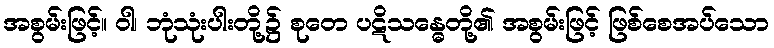
အစွမ်းဖြင့်။ ဝါ၊ ဘုံသုံးပါးတို့၌ စုတေ ပဋိသန္ဓေတို့၏ အစွမ်းဖြင့် ဖြစ်စေအပ်သော